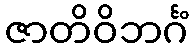
ဇာတိဝိဘင်္ဂံ